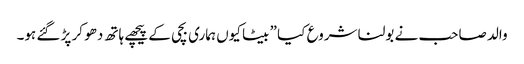
والد صاحب نے بولنا شروع کیا ” بیٹا کیوں ہماری بچی کے پیچھے ہاتھ دھو کر پڑ گئے ہو۔